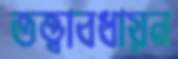
তত্ত্বাবধায়ন